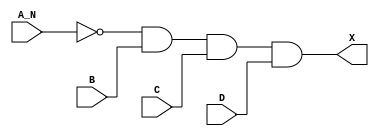
module sky130_fd_sc_hdll__and4b_7 (
    X  ,
    A_N,
    B  ,
    C  ,
    D
);
    output X  ;
    input  A_N;
    input  B  ;
    input  C  ;
    input  D  ;
    wire not0_out  ;
    wire and0_out_X;
    not not0 (not0_out  , A_N              );
    and and0 (and0_out_X, not0_out, B, C, D);
    buf buf0 (X         , and0_out_X       );
endmodule